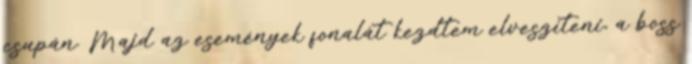
csupán. Majd az események fonalát kezdtem elveszíteni, a boss